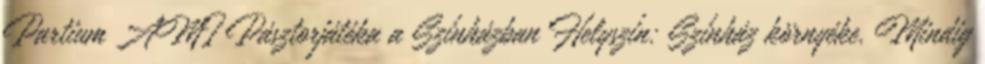
Partium AMI Pásztorjátéka a Színházban Helyszín: Színház környéke. Mindig